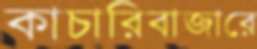
কাচারিবাজারে